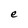
Character: e